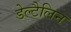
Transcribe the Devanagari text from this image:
डेल्टैलिन